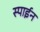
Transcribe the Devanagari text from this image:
स्पाईन